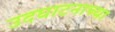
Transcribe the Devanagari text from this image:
उदघाटनाच्या